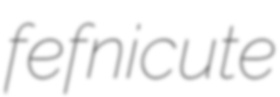
fefnicute